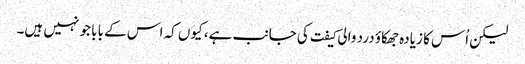
لیکن اُس کا زیادہ جھکاؤ درد والی کیفت کی جانب ہے، کیوں کہ اس کے بابا جو نہیں ہیں۔